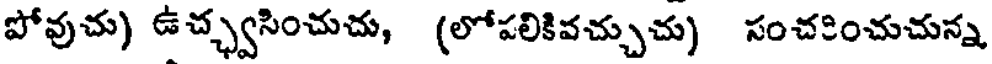
పోవుచు) ఉచ్ఛ్వసించుచు, (లోపలికివచ్చుచు) సంచకించుచున్న